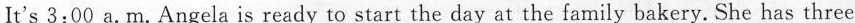
It's 3:00 a.M.Angela is ready to start the day at the family bakery. She has three